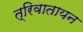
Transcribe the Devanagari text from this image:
त्रिवातायन